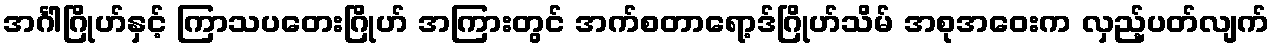
အင်္ဂါဂြိုဟ်နှင့် ကြာသပတေးဂြိုဟ် အကြားတွင် အက်စတာရော့ဒ်ဂြိုဟ်သိမ် အစုအဝေးက လှည့်ပတ်လျက်